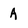
Character: a